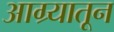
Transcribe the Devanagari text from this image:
आग्र्यातून